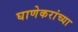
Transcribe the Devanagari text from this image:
घाणेकरांच्या